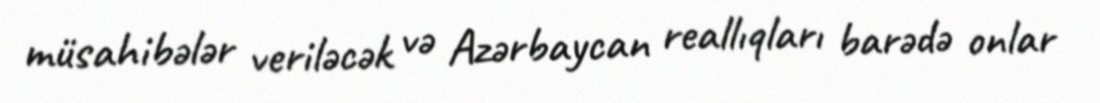
müsahibələr veriləcək və Azərbaycan reallıqları barədə onlar